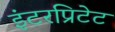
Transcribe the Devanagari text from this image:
इंटरप्रिटेट